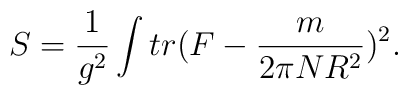
S = \frac{1}{g^2} \int tr (F - \frac{m}{2\pi N R^2} )^2.